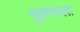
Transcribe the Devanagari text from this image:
धुक्‍याला